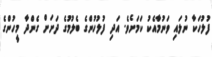
ފުލުހަކާ ނުލައި ވަނުމާއެކު ކަމަށެވެ. އަދި ފުލުހުންގެ ބެލުމުގެ ދަށަށް ގެންދާ މީހުންގެ